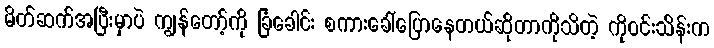
မိတ်ဆက်အပြီးမှာပဲ ကျွန်တော့်ကို ခြံခေါင်း စကားခေါ်ပြောနေတယ်ဆိုတာကိုသိတဲ့ ကိုဝင်းသိန်းက